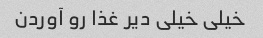
خیلی خیلی دیر غذا رو آوردن